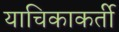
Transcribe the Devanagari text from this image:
याचिकाकर्ती